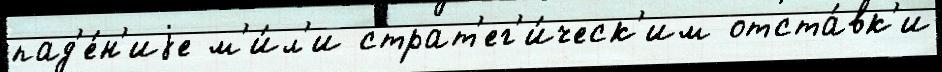
пад'е́н'иjе м'и́л'и страт'ег'и́ческ'им отста́вк'и